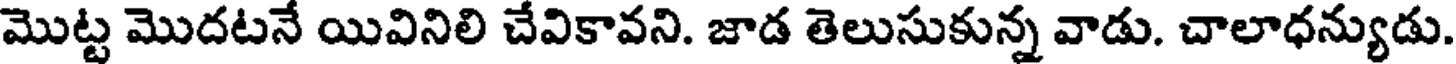
మొట్ట మొదటనే యివినిలి చేవికావని. జాడ తెలుసుకున్న వాడు. చాలాధన్యుడు.